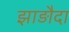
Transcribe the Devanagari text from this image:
झाड़ौदा